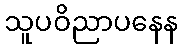
သူပဝိညာပနေန